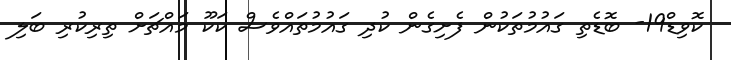
ކޮވިޑް19- ބޮޑެތި ގައުމުތަކުން ފެށިގެން ކުދި ގައުމުތައްވެސް ކަކޫ މައްޗަށް ތިރިކުރި ބަލި